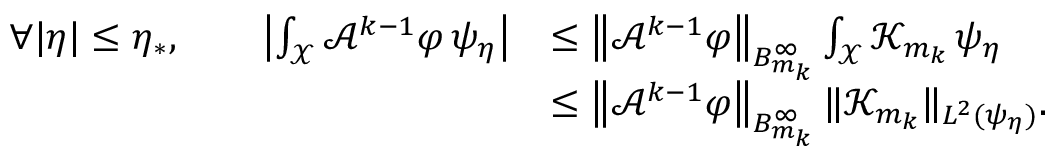
\begin{array} { r l } { \forall | \eta | \leq \eta _ { * } , \qquad \left| \int _ { \mathcal { X } } \mathcal { A } ^ { k - 1 } \varphi \, \psi _ { \eta } \right| } & { \leq \left\| \mathcal { A } ^ { k - 1 } \varphi \right\| _ { B _ { m _ { k } } ^ { \infty } } \int _ { \mathcal { X } } \mathcal { K } _ { m _ { k } } \, \psi _ { \eta } } \\ & { \leq \left\| \mathcal { A } ^ { k - 1 } \varphi \right\| _ { B _ { m _ { k } } ^ { \infty } } \| \mathcal { K } _ { m _ { k } } \| _ { L ^ { 2 } ( \psi _ { \eta } ) } . } \end{array}